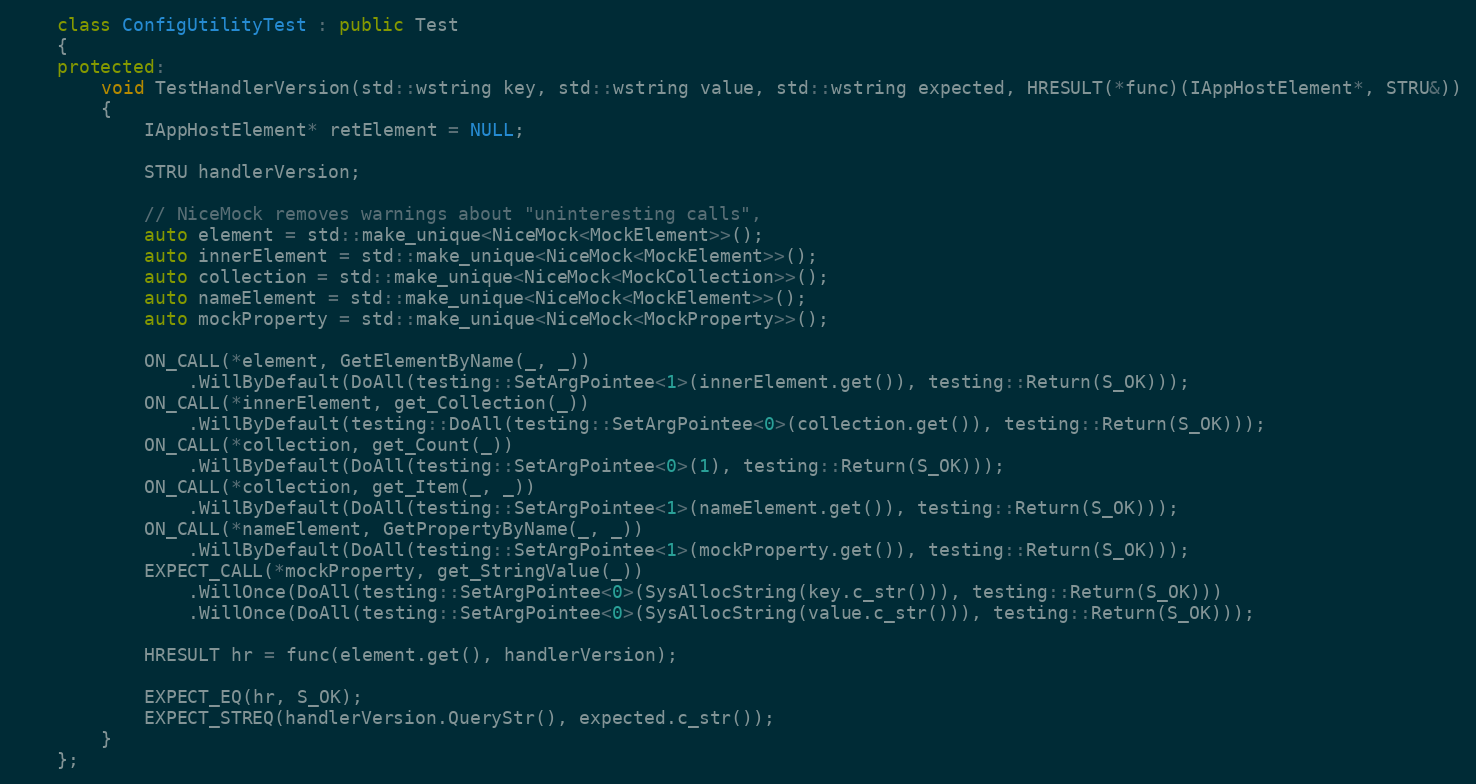
Language: C++
    class ConfigUtilityTest : public Test
    {
    protected:
        void TestHandlerVersion(std::wstring key, std::wstring value, std::wstring expected, HRESULT(*func)(IAppHostElement*, STRU&))
        {
            IAppHostElement* retElement = NULL;

            STRU handlerVersion;

            // NiceMock removes warnings about "uninteresting calls",
            auto element = std::make_unique<NiceMock<MockElement>>();
            auto innerElement = std::make_unique<NiceMock<MockElement>>();
            auto collection = std::make_unique<NiceMock<MockCollection>>();
            auto nameElement = std::make_unique<NiceMock<MockElement>>();
            auto mockProperty = std::make_unique<NiceMock<MockProperty>>();

            ON_CALL(*element, GetElementByName(_, _))
                .WillByDefault(DoAll(testing::SetArgPointee<1>(innerElement.get()), testing::Return(S_OK)));
            ON_CALL(*innerElement, get_Collection(_))
                .WillByDefault(testing::DoAll(testing::SetArgPointee<0>(collection.get()), testing::Return(S_OK)));
            ON_CALL(*collection, get_Count(_))
                .WillByDefault(DoAll(testing::SetArgPointee<0>(1), testing::Return(S_OK)));
            ON_CALL(*collection, get_Item(_, _))
                .WillByDefault(DoAll(testing::SetArgPointee<1>(nameElement.get()), testing::Return(S_OK)));
            ON_CALL(*nameElement, GetPropertyByName(_, _))
                .WillByDefault(DoAll(testing::SetArgPointee<1>(mockProperty.get()), testing::Return(S_OK)));
            EXPECT_CALL(*mockProperty, get_StringValue(_))
                .WillOnce(DoAll(testing::SetArgPointee<0>(SysAllocString(key.c_str())), testing::Return(S_OK)))
                .WillOnce(DoAll(testing::SetArgPointee<0>(SysAllocString(value.c_str())), testing::Return(S_OK)));

            HRESULT hr = func(element.get(), handlerVersion);

            EXPECT_EQ(hr, S_OK);
            EXPECT_STREQ(handlerVersion.QueryStr(), expected.c_str());
        }
    };